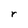
Character: r